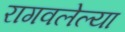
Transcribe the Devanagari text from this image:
रागवलेल्या